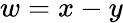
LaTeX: w=x-y